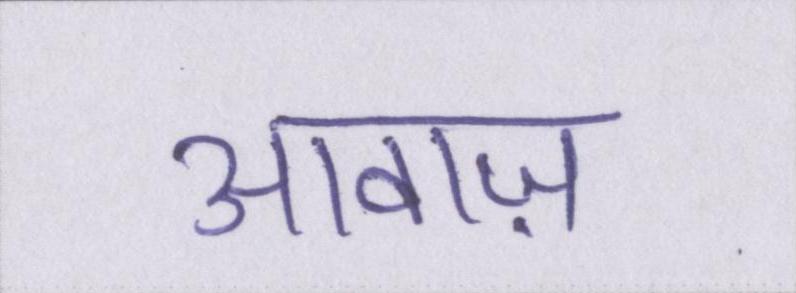
आवाज़